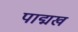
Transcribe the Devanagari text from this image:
पाद्मख